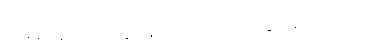
ယခုမူ သူတို့ ဘိုးဘွားများကို ထောက်ပံ့ခြင်း မပြုကြတော့။